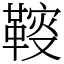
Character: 䩳